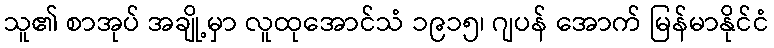
သူ၏ စာအုပ် အချို့မှာ လူထုအောင်သံ ၁၉၁၅၊ ဂျပန် အောက် မြန်မာနိုင်ငံ